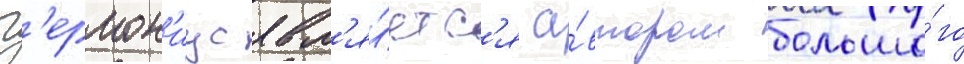
Г'ермон'иус явл'я́етс'я а́втором большо́го